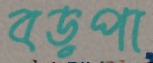
বড়পা